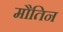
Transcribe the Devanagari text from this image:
मौतिन